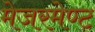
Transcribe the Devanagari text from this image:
मेजरमेण्ट